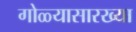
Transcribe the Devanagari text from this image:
गोळ्यासारख्या